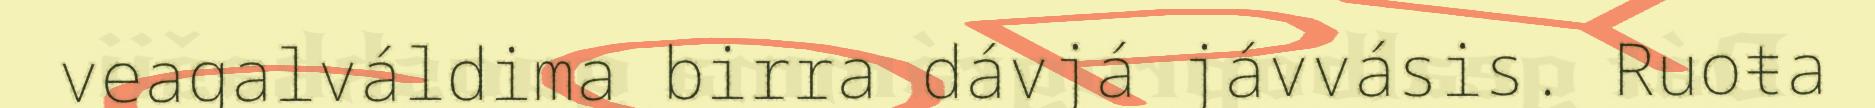
veagalváldima birra dávjá jávvásis. Ruoŧa